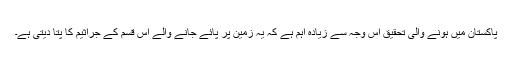
پاکستان میں ہونے والی تحقیق اس وجہ سے زیادہ اہم ہے کہ یہ زمین پر پائے جانے والے اس قسم کے جراثیم کا پتا دیتی ہے۔